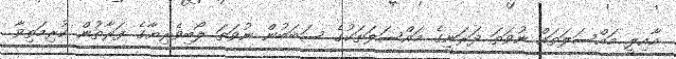
އާއިލީ މައްސަލަތައް ނުވަތަ ދަރަނީގެ މައްސަލަތަކުގެ ސަބަބުން ނުވަތަ ލޯބިވެރިޔާގެ ފަރާތުން ކުރިމަތިވާ